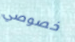
خصوصي